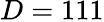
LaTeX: D=111